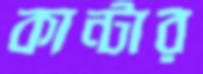
কান্টার